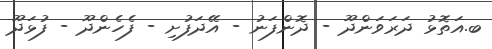
ބ.އަތޮޅު ދަރަވަންދޫ - ދޮންފަނު - އޭދަފުށި - ފެހެންދޫ - ފުޅަދޫ